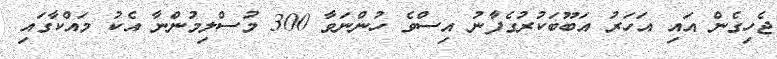
ޖެހިގެން އައި އަހަރު އަބޫބަކުރުގެފާނު އިސްވެ ހުންނަވާ 300 މުސްލިމުންނާ އެކު މައްކާގައި